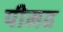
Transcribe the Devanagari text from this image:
पीमह